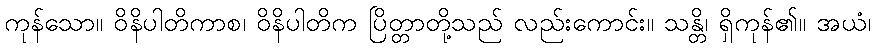
ကုန်သော။ ဝိနိပါတိကာစ၊ ဝိနိပါတိက ပြိတ္တာတို့သည် လည်းကောင်း။ သန္တိ၊ ရှိကုန်၏။ အယံ၊